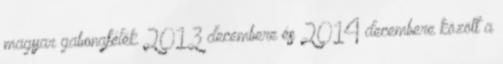
magyar gabonafélék 2013 decembere és 2014 decembere között a